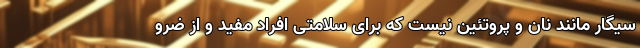
سیگار مانند نان و پروتئین نیست که برای سلامتی افراد مفید و از ضرو